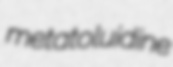
metatoluidine